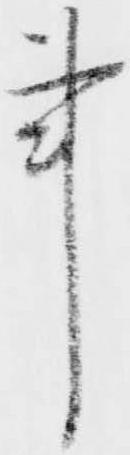
事